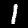
Digit: 1